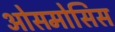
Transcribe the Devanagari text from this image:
ओसमोसिस